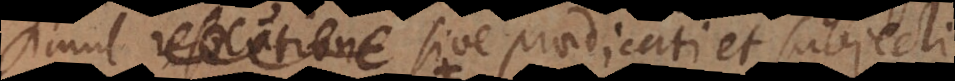
imul resolutione sive praedicati et subjecti